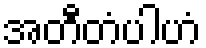
အတီတံပါဟံ